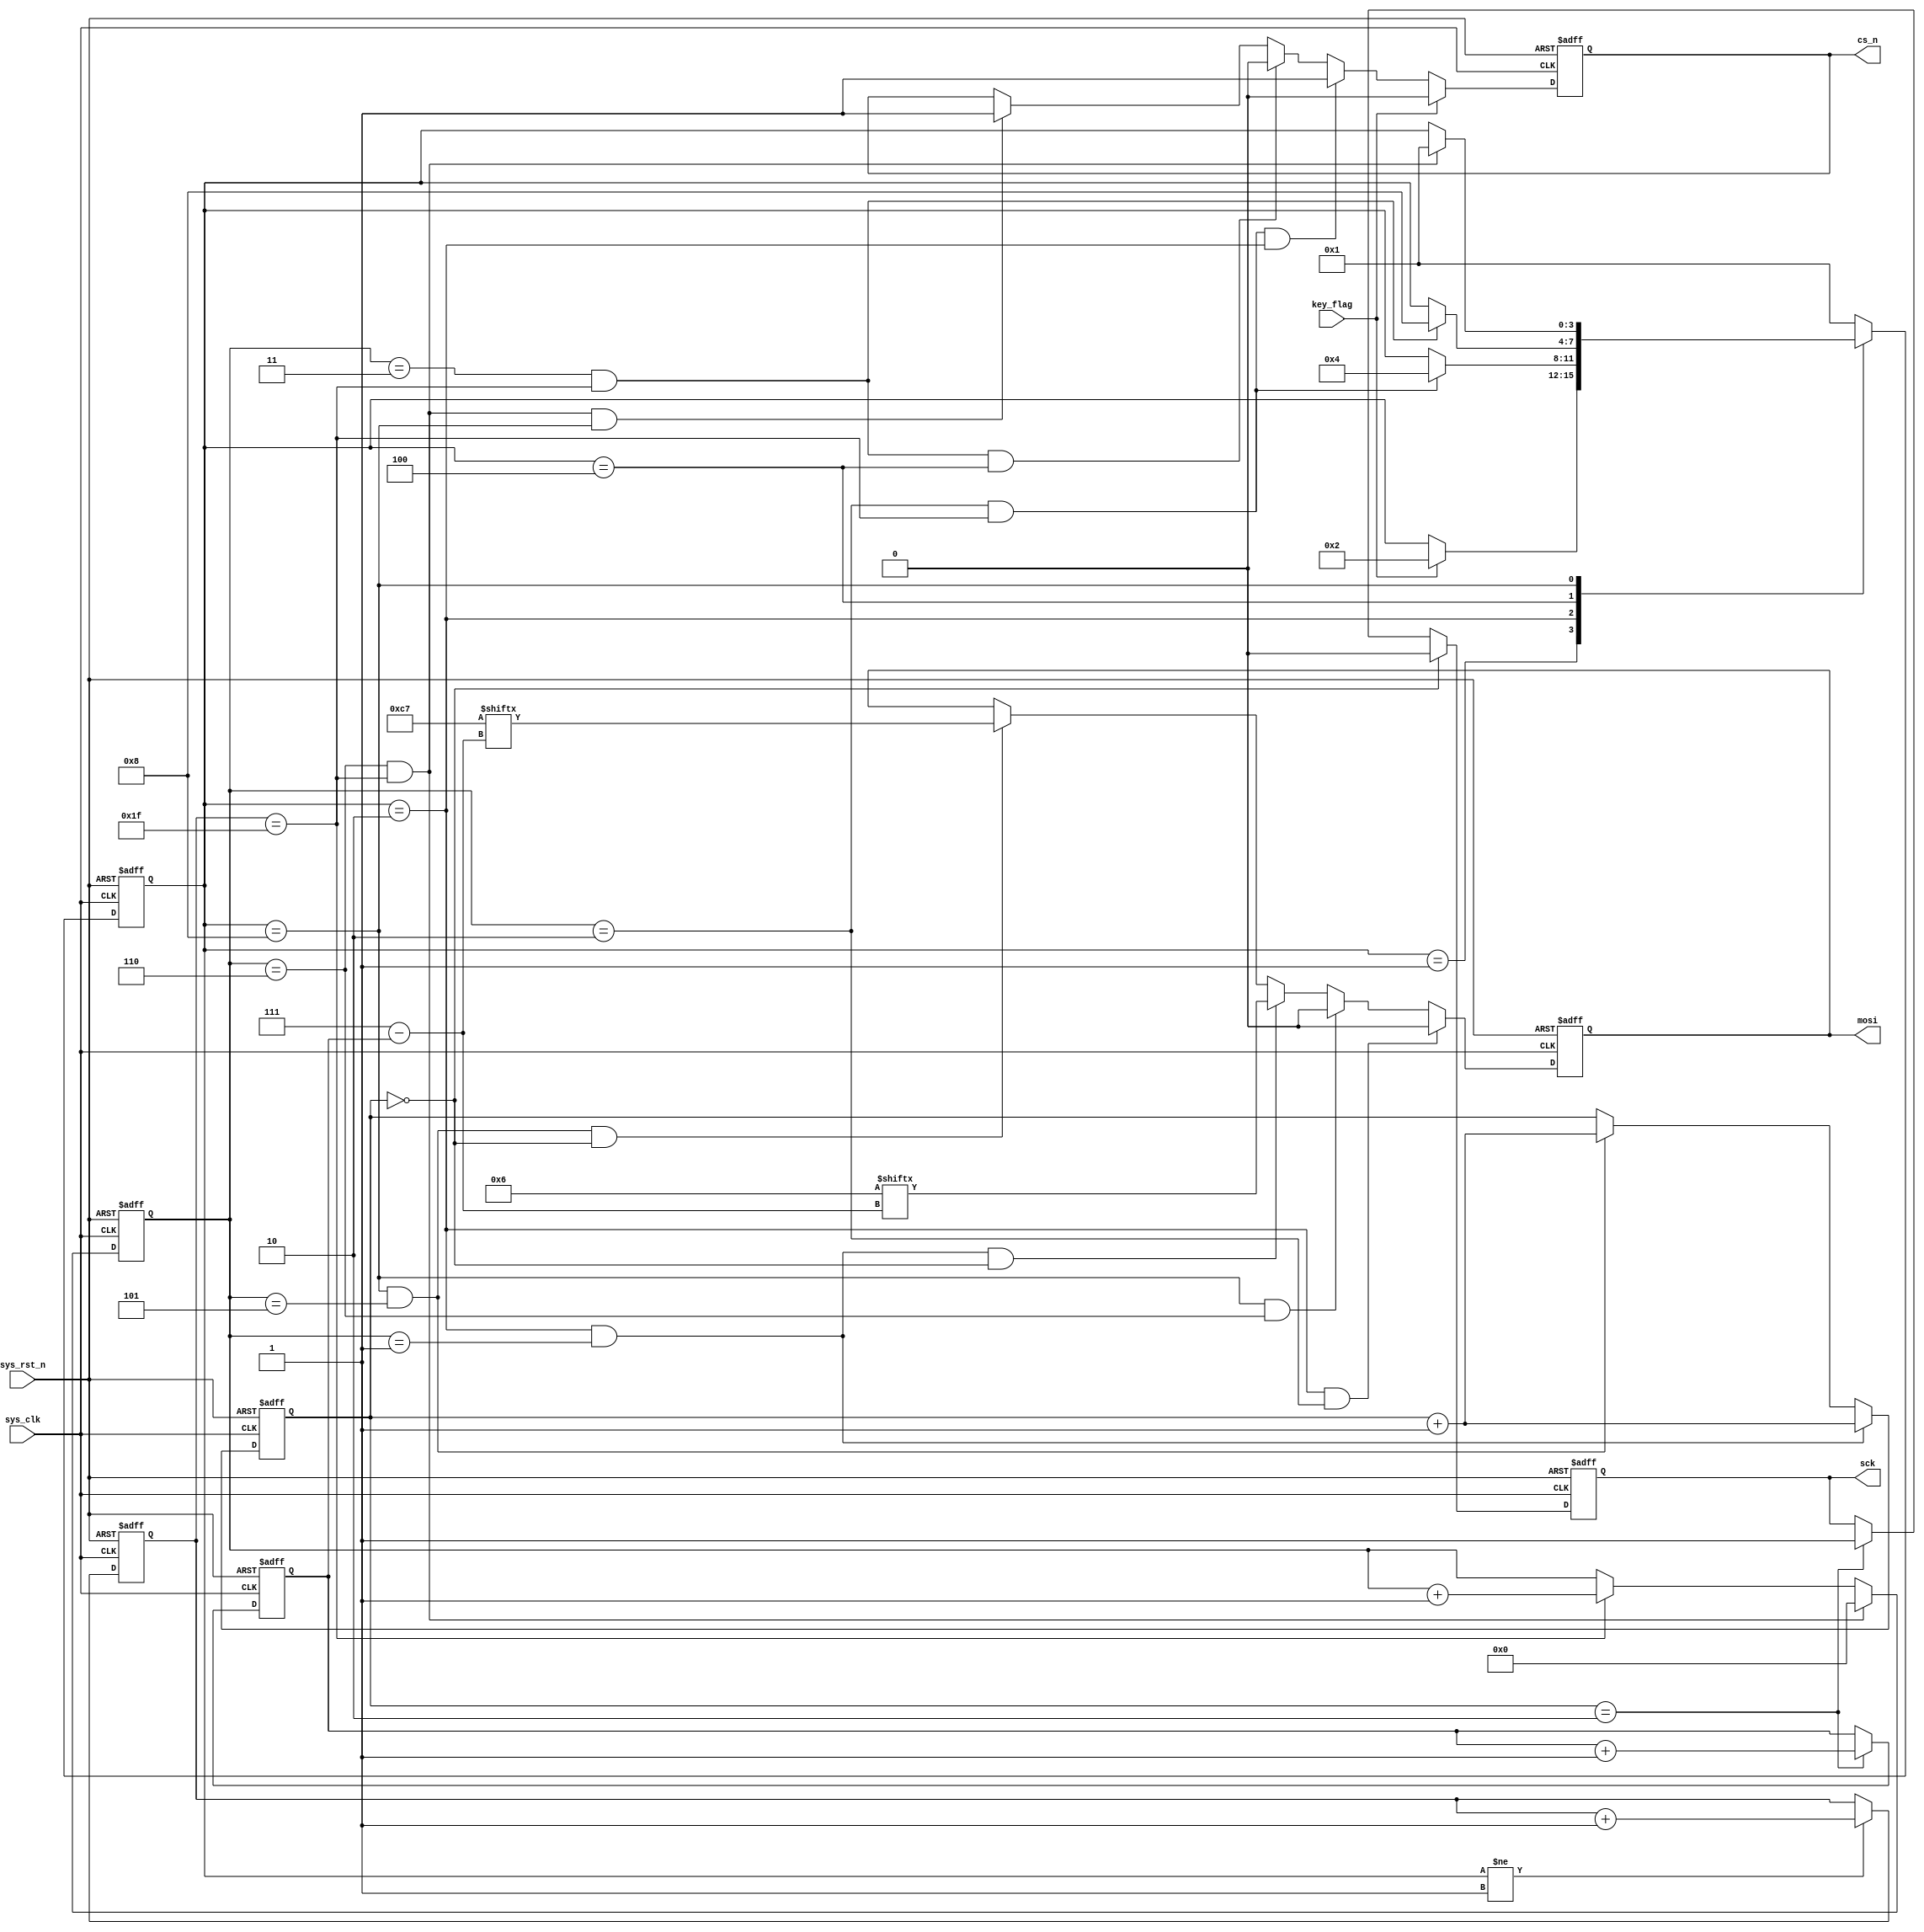
module  flash_be_ctrl
(
    input   wire            sys_clk     ,
    input   wire            sys_rst_n   ,
    input   wire            key_flag    ,

    output  reg             cs_n        ,
    output  reg             sck         ,
    output  reg             mosi
);

parameter   IDLE  = 4'B0001,
            WREN  = 4'B0010,
            DELAY = 4'B0100,
            BE    = 4'B1000;

parameter   WREN_IN = 8'B0000_0110,
            BE_IN   = 8'B1100_0111;

reg     [3:0]   state   ;
reg     [4:0]   cnt_clk ;
reg     [3:0]   cnt_byte;
reg     [1:0]   cnt_sck ;
reg     [2:0]   cnt_bit ;

always@(posedge sys_clk or negedge sys_rst_n)
    if(sys_rst_n == 1'b0)
        state   <=  IDLE;
    else
        case(state)
            IDLE :if(key_flag == 1'b1)
                    state   <=  WREN;
            WREN :if(cnt_byte == 4'd2 && cnt_clk == 5'd31)
                    state   <=  DELAY;
            DELAY:if(cnt_byte == 4'd3 && cnt_clk == 5'd31)
                    state   <=  BE;
            BE   :if(cnt_byte == 4'd6 && cnt_clk == 5'd31)
                    state   <=  IDLE;
            default:state   <=  IDLE;
        endcase

always@(posedge sys_clk or negedge sys_rst_n)
    if(sys_rst_n == 1'b0)
        cnt_clk <=  5'd0;
    else    if(state != IDLE)
        cnt_clk <=  cnt_clk + 1'b1;

always@(posedge sys_clk or negedge sys_rst_n)
    if(sys_rst_n == 1'b0)
        cnt_byte    <=  4'd0;
    else    if(cnt_byte == 4'd6 && cnt_clk == 5'd31)
        cnt_byte    <=  4'd0;
    else    if(cnt_clk == 5'd31)
        cnt_byte    <=  cnt_byte + 1'b1;

always@(posedge sys_clk or negedge sys_rst_n)
    if(sys_rst_n == 1'b0)
        cnt_sck <=  2'd0;
    else    if(state == WREN && cnt_byte == 4'd1)
        cnt_sck <=  cnt_sck + 1'b1;
    else    if(state == BE && cnt_byte == 4'd5)
        cnt_sck <=  cnt_sck + 1'b1;

always@(posedge sys_clk or negedge sys_rst_n)
    if(sys_rst_n == 1'b0)
        cnt_bit <=  3'd0;
    else    if(cnt_sck == 2'd2)
        cnt_bit <=  cnt_bit + 1'b1;

always@(posedge sys_clk or negedge sys_rst_n)
    if(sys_rst_n == 1'b0)
        cs_n    <=  1'b1;
    else    if(key_flag == 1'b1)
        cs_n    <=  1'b0;
    else    if(cnt_byte == 4'd2 && cnt_clk == 5'd31 && state == WREN)
        cs_n    <=  1'b1;
    else    if(cnt_byte == 4'd3 && cnt_clk == 5'd31 && state == DELAY)
        cs_n    <=  1'b0;
    else    if(cnt_byte == 4'd6 && cnt_clk == 5'd31 && state == BE)
        cs_n    <=  1'b1;

always@(posedge sys_clk or negedge sys_rst_n)
    if(sys_rst_n == 1'b0)
        mosi    <=  1'b0;
    else    if(state == WREN && cnt_byte == 4'd2)
        mosi    <=  1'b0;
    else    if(state == BE && cnt_byte == 4'd6)
        mosi    <=  1'b0;
    else    if(state == WREN && cnt_byte == 4'd1 && cnt_sck == 2'd0)
        mosi    <=  WREN_IN[7 - cnt_bit];
    else    if(state == BE && cnt_byte == 4'd5 && cnt_sck == 2'd0)
        mosi    <=  BE_IN[7 - cnt_bit];

always@(posedge sys_clk or negedge sys_rst_n)
    if(sys_rst_n == 1'b0)
        sck <=  1'b0;
    else    if(cnt_sck == 2'd0)
        sck <=  1'b0;
    else    if(cnt_sck == 2'd2)
        sck <=  1'b1;

endmodule